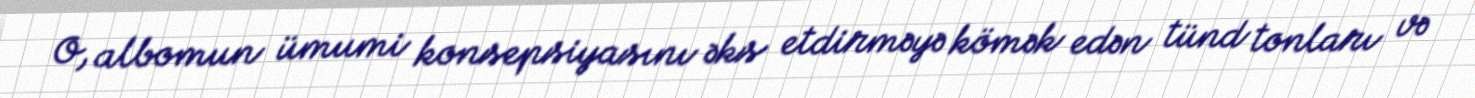
O, albomun ümumi konsepsiyasını əks etdirməyə kömək edən tünd tonları və